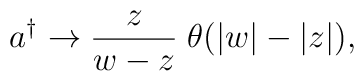
a^{\dagger }\rightarrow \frac z{w-z}\;\theta (|w|-|z|),